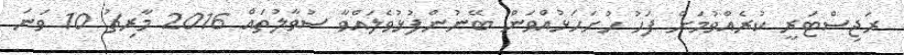
ރަޖިސްޓަރީ ކުރެއްވުމަށް ފަހު ހުށަހަޅުއްވަން ބޭނުންފުޅުވެލައްވާ ސުވާލުތައް 2016 މާރިޗު 10 ވަނަ